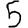
Digit: 5